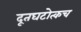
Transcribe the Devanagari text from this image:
दूतघटोत्कच